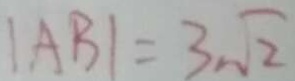
\vert A B \vert = 3 \sqrt { 2 }